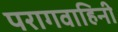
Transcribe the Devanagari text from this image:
परागवाहिनी